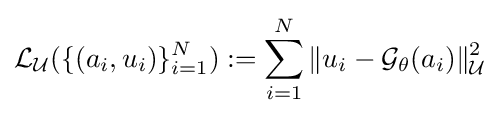
{\mathcal {L}}_{\mathcal {U}}(\{(a_{i},u_{i})\}_{i=1}^{N}):=\sum _{i=1}^{N}\|u_{i}-{\mathcal {G}}_{\theta }(a_{i})\|_{\mathcal {U}}^{2}